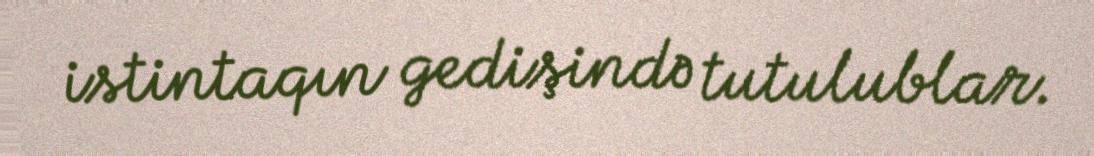
istintaqın gedişində tutulublar.